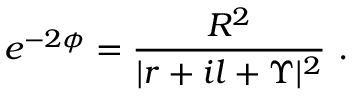
e ^ { - 2 \phi } = \frac { R ^ { 2 } } { | r + i l + \Upsilon | ^ { 2 } } \ .